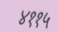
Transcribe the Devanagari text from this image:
४११५